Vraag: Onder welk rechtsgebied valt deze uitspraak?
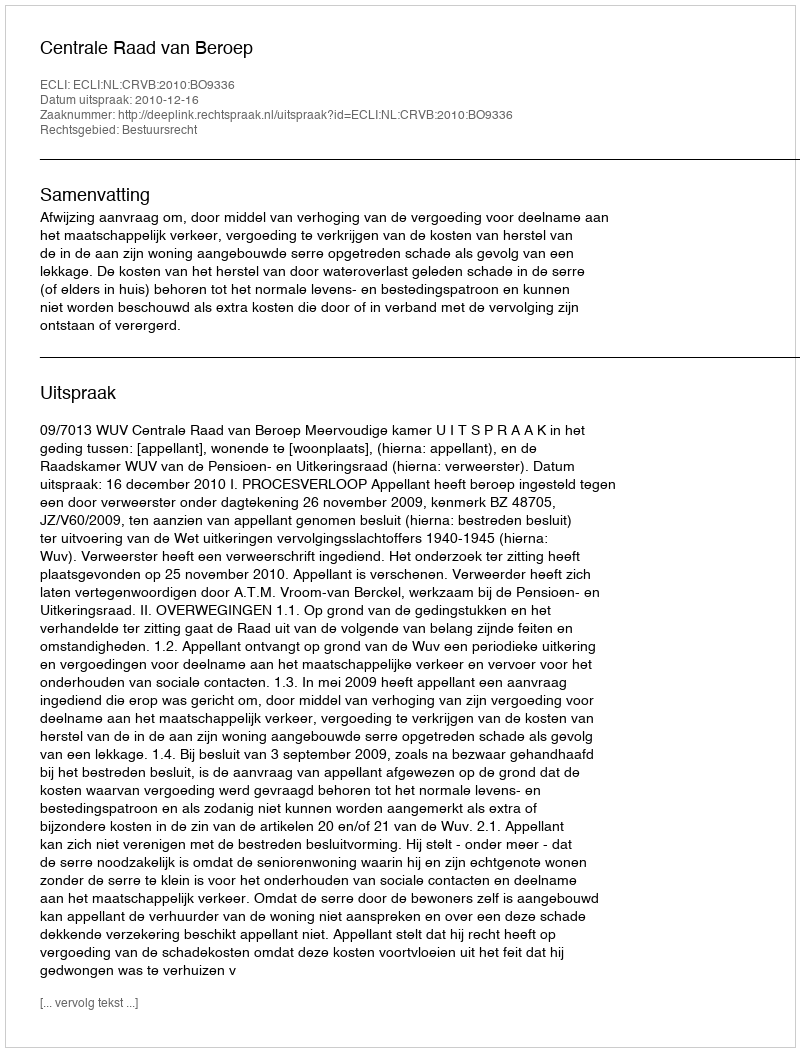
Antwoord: Bestuursrecht